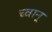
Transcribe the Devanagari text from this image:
च्वान्